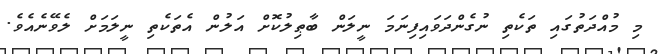
މި މުއްދަތުގައި ތަކެތި ނުގެންދަވައިފިނަމަ ނީލަން ބާޠިލުކޮށް އަލުން އެތަކެތި ނީލަމަށް ލެވޭނެއެވެ.